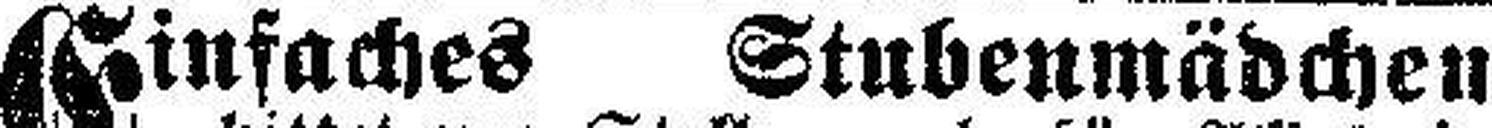
Einfaches Stubenmädchen